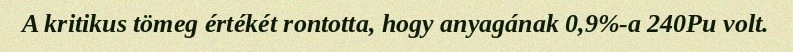
A kritikus tömeg értékét rontotta, hogy anyagának 0,9%-a 240Pu volt.